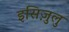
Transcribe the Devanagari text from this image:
इसिज़ुलु